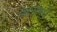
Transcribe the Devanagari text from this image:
कलांमधे